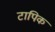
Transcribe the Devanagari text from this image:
टापिक